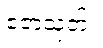
ဧဇာသုတ်။